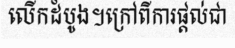
លើកដំបូង។ក្រៅពីការផ្តល់ជា